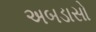
અબડાસો